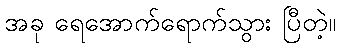
အခု ရေအောက်ရောက်သွား ပြီတဲ့။